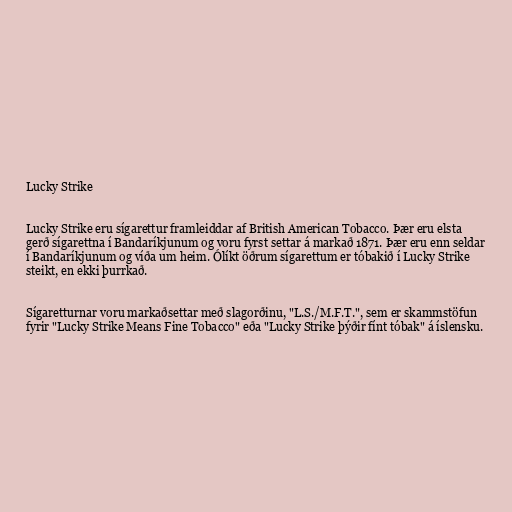
Lucky Strike

Lucky Strike eru sígarettur framleiddar af British American Tobacco. Þær eru elsta
gerð sígarettna í Bandaríkjunum og voru fyrst settar á markað 1871. Þær eru enn seldar
í Bandaríkjunum og víða um heim. Ólíkt öðrum sígarettum er tóbakið í Lucky Strike
steikt, en ekki þurrkað.

Sígaretturnar voru markaðsettar með slagorðinu, "L.S./M.F.T.", sem er skammstöfun
fyrir "Lucky Strike Means Fine Tobacco" eða "Lucky Strike þýðir fínt tóbak" á íslensku.